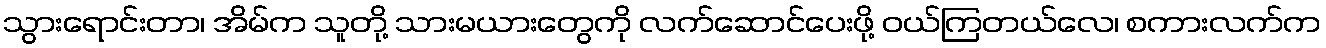
သွားရောင်းတာ၊ အိမ်က သူတို့ သားမယားတွေကို လက်ဆောင်ပေးဖို့ ဝယ်ကြတယ်လေ၊ စကားလက်က